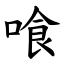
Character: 喰